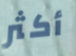
أكثر